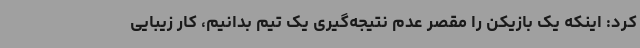
کرد: اینکه یک بازیکن را مقصر عدم نتیجه‌گیری یک تیم بدانیم، کار زیبایی